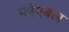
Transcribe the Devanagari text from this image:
प्लेएबल